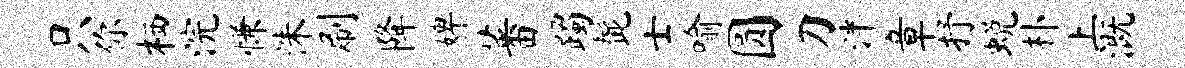
只你栖浣慊洙刷降婢蕃躅髭士喻圆刀泮章抒蜕朴上溉